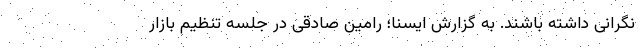
نگرانی داشته باشند. به گزارش ایسنا؛ رامین صادقی در جلسه تنظیم بازار